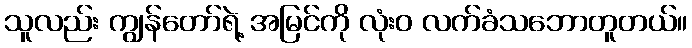
သူလည်း ကျွန်တော်ရဲ့ အမြင်ကို လုံးဝ လက်ခံသဘောတူတယ်။